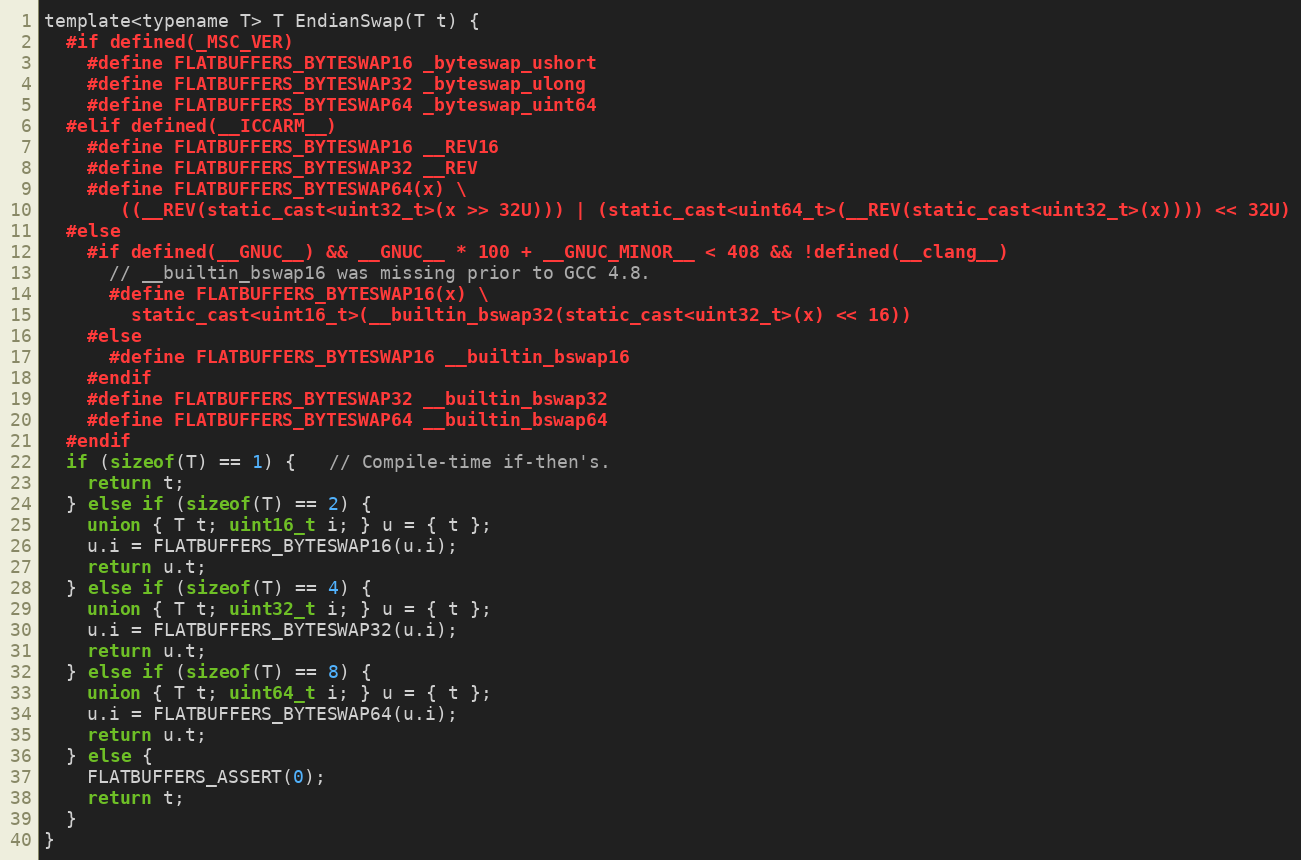
Language: C
template<typename T> T EndianSwap(T t) {
  #if defined(_MSC_VER)
    #define FLATBUFFERS_BYTESWAP16 _byteswap_ushort
    #define FLATBUFFERS_BYTESWAP32 _byteswap_ulong
    #define FLATBUFFERS_BYTESWAP64 _byteswap_uint64
  #elif defined(__ICCARM__)
    #define FLATBUFFERS_BYTESWAP16 __REV16
    #define FLATBUFFERS_BYTESWAP32 __REV
    #define FLATBUFFERS_BYTESWAP64(x) \
       ((__REV(static_cast<uint32_t>(x >> 32U))) | (static_cast<uint64_t>(__REV(static_cast<uint32_t>(x)))) << 32U)
  #else
    #if defined(__GNUC__) && __GNUC__ * 100 + __GNUC_MINOR__ < 408 && !defined(__clang__)
      // __builtin_bswap16 was missing prior to GCC 4.8.
      #define FLATBUFFERS_BYTESWAP16(x) \
        static_cast<uint16_t>(__builtin_bswap32(static_cast<uint32_t>(x) << 16))
    #else
      #define FLATBUFFERS_BYTESWAP16 __builtin_bswap16
    #endif
    #define FLATBUFFERS_BYTESWAP32 __builtin_bswap32
    #define FLATBUFFERS_BYTESWAP64 __builtin_bswap64
  #endif
  if (sizeof(T) == 1) {   // Compile-time if-then's.
    return t;
  } else if (sizeof(T) == 2) {
    union { T t; uint16_t i; } u = { t };
    u.i = FLATBUFFERS_BYTESWAP16(u.i);
    return u.t;
  } else if (sizeof(T) == 4) {
    union { T t; uint32_t i; } u = { t };
    u.i = FLATBUFFERS_BYTESWAP32(u.i);
    return u.t;
  } else if (sizeof(T) == 8) {
    union { T t; uint64_t i; } u = { t };
    u.i = FLATBUFFERS_BYTESWAP64(u.i);
    return u.t;
  } else {
    FLATBUFFERS_ASSERT(0);
    return t;
  }
}